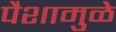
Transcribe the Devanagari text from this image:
पैशामुळे